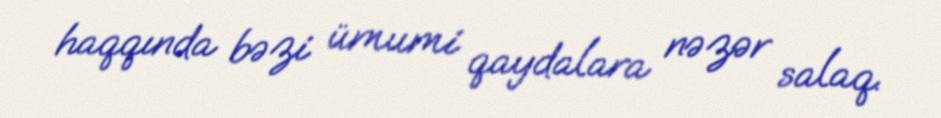
haqqında bəzi ümumi qaydalara nəzər salaq.